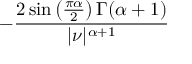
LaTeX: - { \frac { 2 \sin \left( { \frac { \pi \alpha } { 2 } } \right) \Gamma ( \alpha + 1 ) } { | \nu | ^ { \alpha + 1 } } }